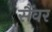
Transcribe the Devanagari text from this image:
सैंवर